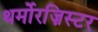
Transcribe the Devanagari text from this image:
थर्मोरज़िस्टर